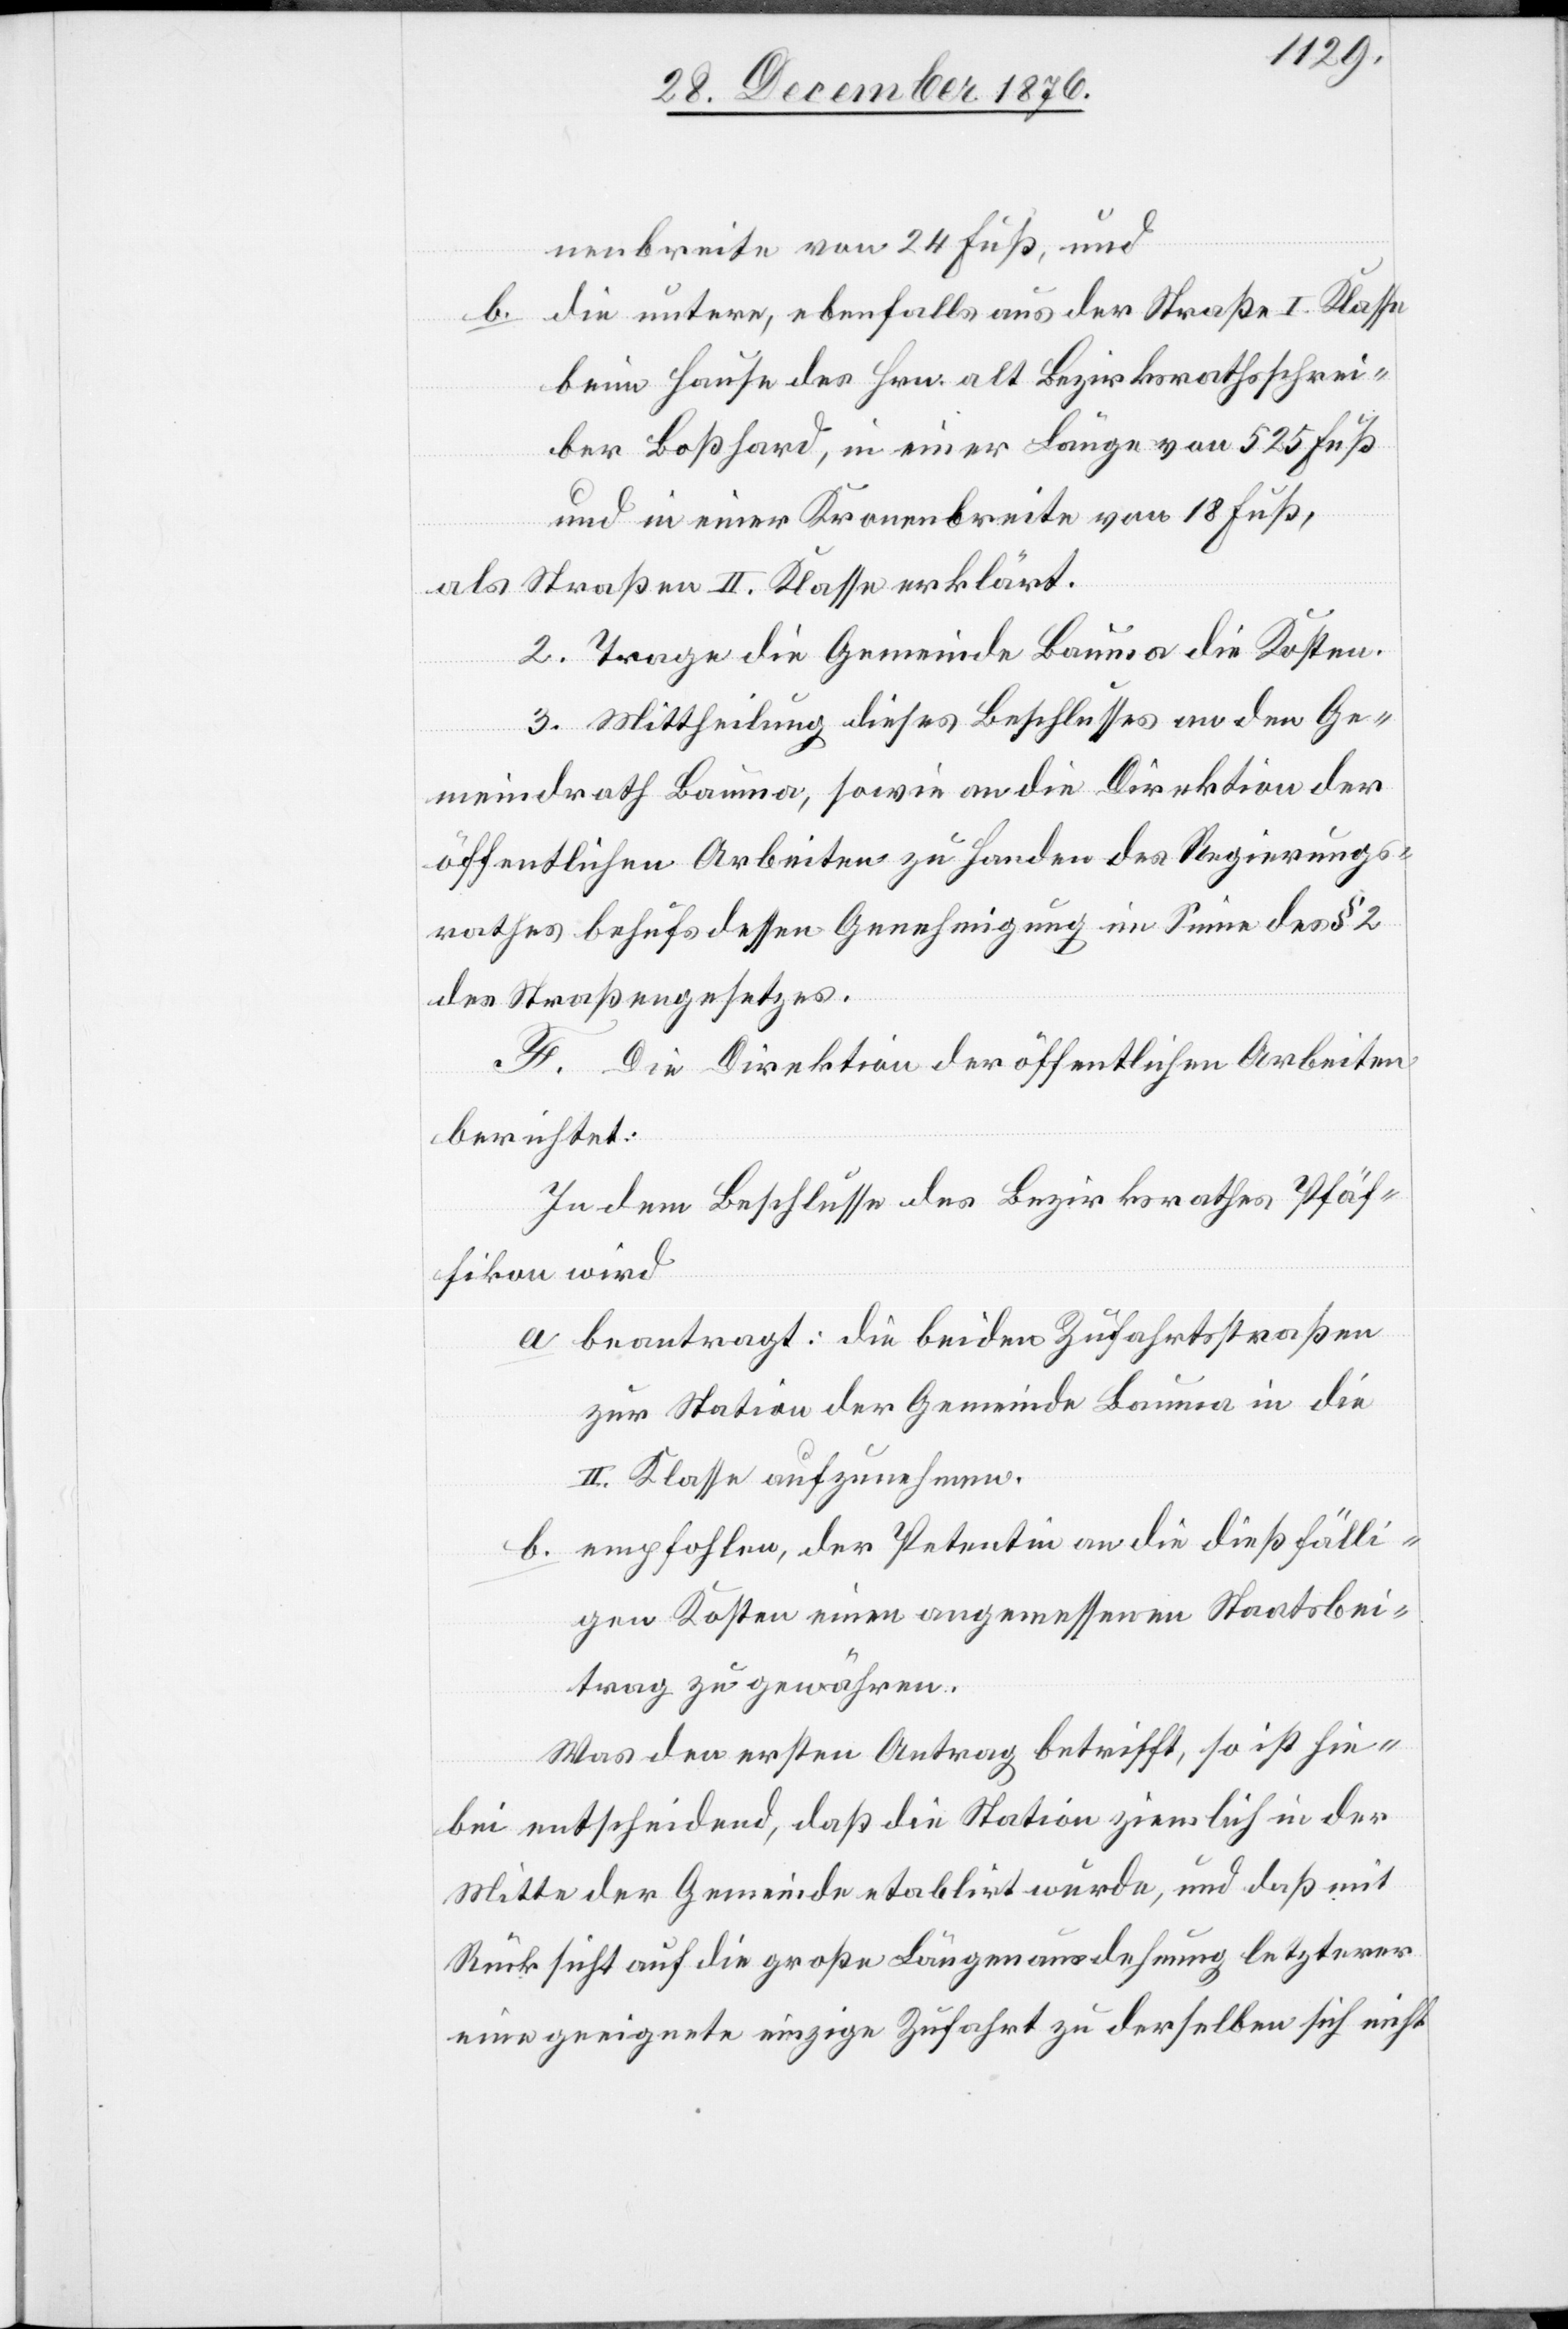
nenbreite von 24. Fuß, und
b. die untere, ebenfalls aus der Straße I. Klasse
beim Hause des Hrn. alt Bezirksrathsschrei¬
ber Boßhard, in einer Länge von 525 Fuß
und in einer Kronenbreite von 18. Fuß,
als Straßen II. Klasse erklärt.
2. Trage die Gemeinde Bauma die Kosten.
3. Mittheilung dieses Beschlusses an den Ge¬
meindrath Bauma, sowie an die Direktion der
öffentlichen Arbeiten zu Handen des Regierungs¬
rathes behufs dessen Genehmigung im Sinne des § 2
des Straßengesetzes.
F. Die Direktion der öffentlichen Arbeiten
berichtet:
In dem Beschlusse des Bezirksrathes Pfäf¬
fikon wird
a. beantragt: die beiden Zufahrtsstraßen
zur Station der Gemeinde Bauma in die
II. Klasse aufzunehmen.
b. empfohlen, der Petentin an die dießfälli¬
gen Kosten einen angemessenen Staatsbei¬
trag zu gewähren.
Was den erstern Antrag betrifft, so ist hie¬
bei entscheidend, daß die Station ziemlich in der
Mitte der Gemeinde etablirt wurde, und daß mit
Rücksicht auf die große Längenausdehnung letzterer
eine geeignete einzige Zufahrt zu derselben sich nicht